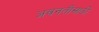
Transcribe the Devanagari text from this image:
अवनतीसाठी